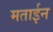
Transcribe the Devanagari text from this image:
मताईन